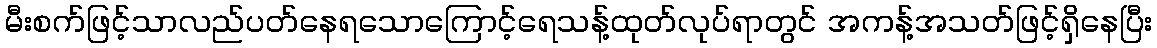
မီးစက်ဖြင့်သာလည်ပတ်နေရသောကြောင့်ရေသန့်ထုတ်လုပ်ရာတွင် အကန့်အသတ်ဖြင့်ရှိနေပြီး